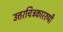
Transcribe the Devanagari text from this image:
उत्तरचित्रकाररुपी